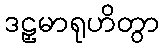
ဒဠှမာရုဟိတွာ